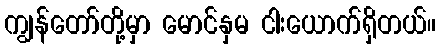
ကျွန်တော်တို့မှာ မောင်နှမ ငါးယောက်ရှိတယ်။